Vaccination in the Punjab 1905-1918 - 1905-1918
Year: 1905
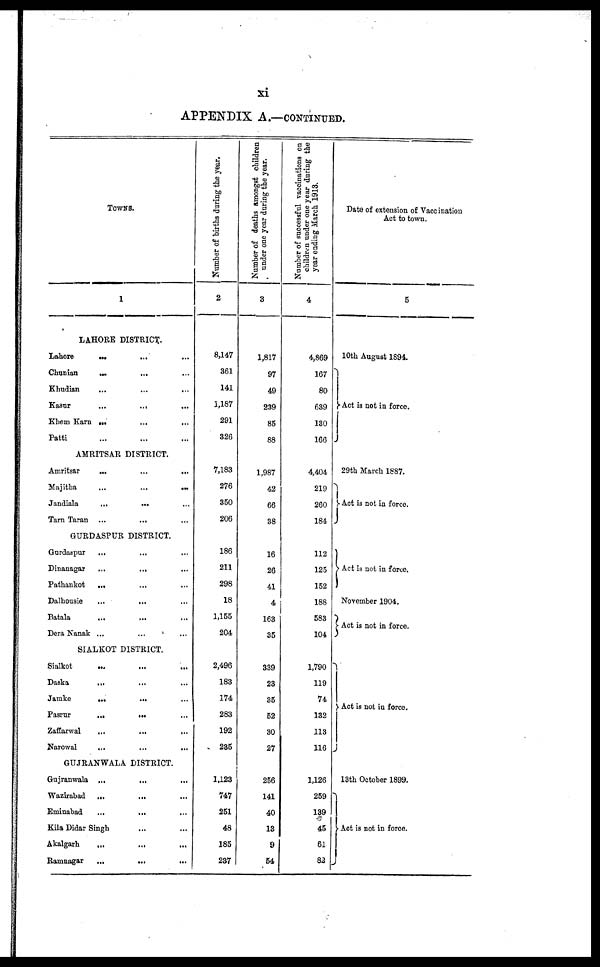
xi
APPENDIX A.—CONTINUED.
TOWNS.
1
LAHORE DISTRICT.
Lahore
... ... ...
Chunian
... ... ...
Khudian ... ... ...
Kasur
...
... ...
Khem Karn ... ... ...
Patti ... ... ...
AMRITSAR DISTRICT.
Amritsar
... ... ...
Majitha
...
...
...
Jandiala
...
... ...
Tarn Taran ...
... ...
GURDASPUR DISTRICT.
Gurdaspur ... ... ...
Dinanagar
...
... ...
Pathankot
... ... ...
Dalhousie
...
... ...
Batala
...
... ...
Dera Nanak ... ... ...
SIALKOT DISTRICT.
Sialkot
...
...
...
Daska
... ... ...
Jamke
...
... ...
Pasrur
...
... ...
Zaffarwal
...
...
...
Narowal ... ... ...
GUJRANWALA DISTRICT.
Gujranwala ...
... ...
Wazirabad
...
... ...
Eminabad
...
... ...
Kila Didar Singh ... ...
Akalgarh
...
... ...
Ramnagar
...
...
...
Number of births during the year.
2
8,147
361
141
1,187
291
326
7,183
276
350
206
186
211
298
18
1,155
204
2,496
183
174
283
192
235
1,123
747
251
48
185
237
Number of deaths amongst children
under one year during the year.
3
1,817
97
49
239
85
88
1,987
42
66
38
16
26
41
4
163
35
339
23
35
52
30
27
256
141
40
13
9
54
Number of successful vaccinations on
children under one year during the
year ending March 1913.
4
4,869
167
80
639
130
166
4,404
219
260
184
112
125
152
188
583
104
1,790
119
74
132
113
116
1,126
259
139
45
61
82
Date of extension of Vaccination
Act to town.
5
10th August 1894.
Act is not in force.
29th March 1887.
Act is not in force.
Act is not in force.
November 1904.
Act is not in force.
Act is not in force.
13th October 1899.
Act is not in force.